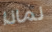
لماذا